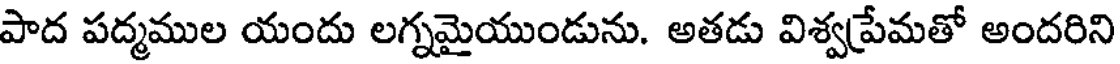
పాద పద్మముల యందు లగ్నమైయుండును. అతడు విశ్వప్రేమతో అందరిని